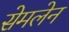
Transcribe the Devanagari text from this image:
सेमलेन